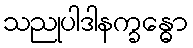
သညုပါဒါနက္ခန္ဓော